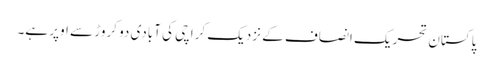
پاکستان تحریک انصاف کے نزدیک کراچی کی آبادی دو کروڑ سے اوپر ہے۔